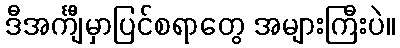
ဒီအင်္ကျီမှာပြင်စရာတွေ အများကြီးပဲ။